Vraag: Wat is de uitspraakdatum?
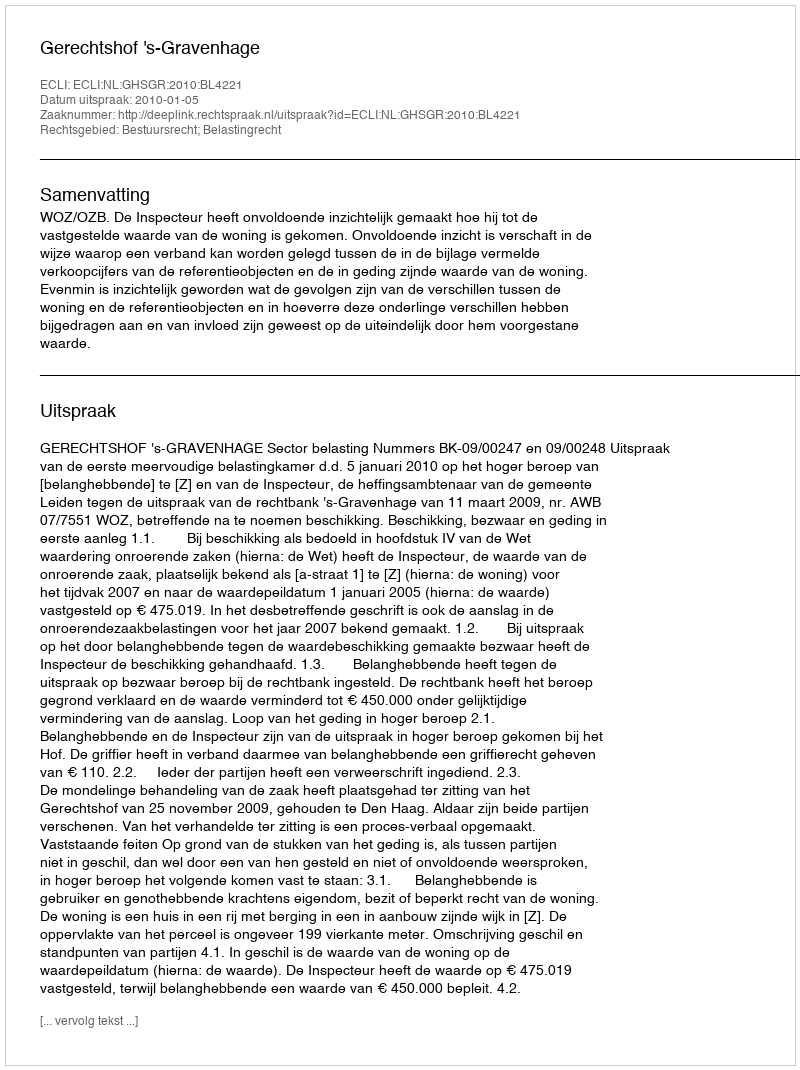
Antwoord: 2010-01-05